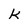
Character: k